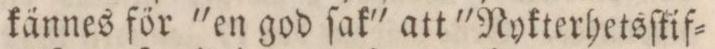
kännes för 'en god ſak' att 'Nykterhetsſkif=